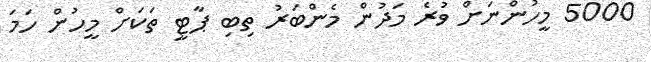
5000 މީހުންނަށް ވުރެ މަދުން މެންބަރު ތިބި ޕާޓީ ތަކަށް މީހުން ހަމަ